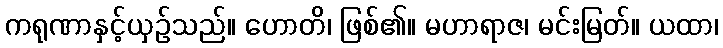
ကရုဏာနှင့်ယှဉ်သည်။ ဟောတိ၊ ဖြစ်၏။ မဟာရာဇ၊ မင်းမြတ်။ ယထာ၊